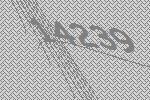
14239